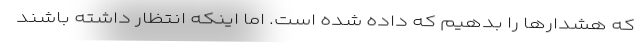
که هشدارها را بدهیم که داده شده است. اما اینکه انتظار داشته باشند